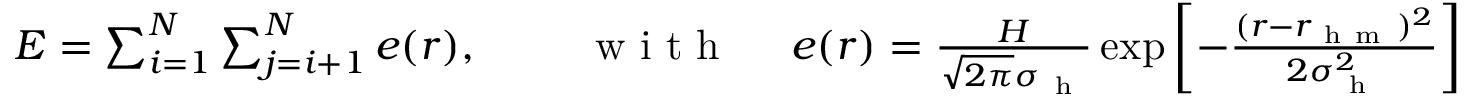
\begin{array} { r } { E = \sum _ { i = 1 } ^ { N } \sum _ { j = i + 1 } ^ { N } e ( r ) , \ \ \ \ \ \ \ \mathrm { ~ w ~ i ~ t ~ h ~ } \ \ \ \ e ( r ) = \frac { H } { \sqrt { 2 \pi } \sigma _ { \mathrm { ~ h ~ } } } \exp \left[ - \frac { ( r - r _ { \mathrm { ~ h ~ m ~ } } ) ^ { 2 } } { 2 \sigma _ { \mathrm { ~ h ~ } } ^ { 2 } } \right] , } \end{array}